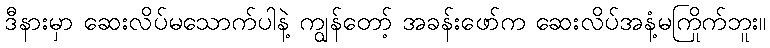
ဒီနားမှာ ဆေးလိပ်မသောက်ပါနဲ့ ကျွန်တော့် အခန်းဖော်က ဆေးလိပ်အနံ့မကြိုက်ဘူး။